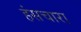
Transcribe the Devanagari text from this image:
हंसचारा